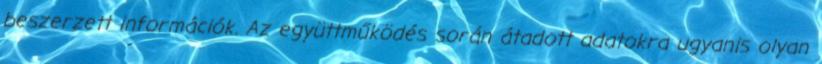
beszerzett információk. Az együttműködés során átadott adatokra ugyanis olyan